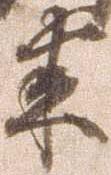
来